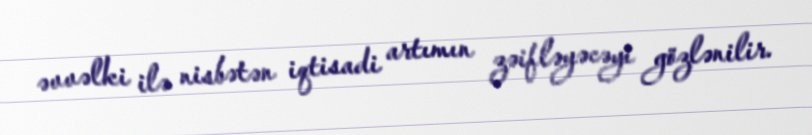
əvvəlki ilə nisbətən iqtisadi artımın zəifləyəcəyi gözlənilir.